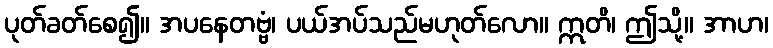
ပုတ်ခတ်စေ၍။ အပနေတဗ္ဗံ၊ ပယ်အပ်သည်မဟုတ်လော။ ဣတိ၊ ဤသို့။ အာဟ၊